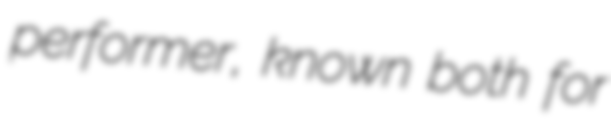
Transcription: performer, known both for